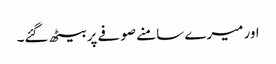
اور میرے سامنے صوفے پر بیٹھ گئے۔